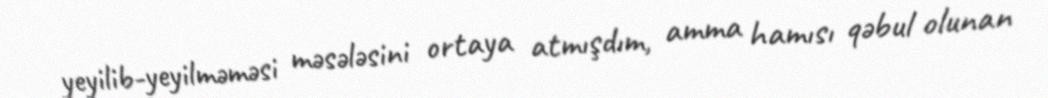
yeyilib-yeyilməməsi məsələsini ortaya atmışdım, amma hamısı qəbul olunan